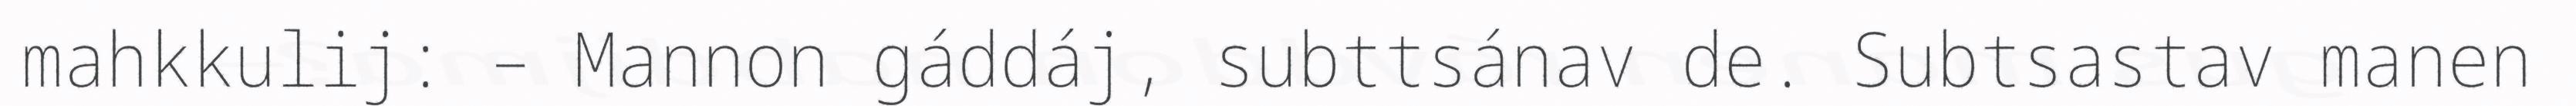
mahkkulij: – Mannon gáddáj, subttsánav de. Subtsastav manen